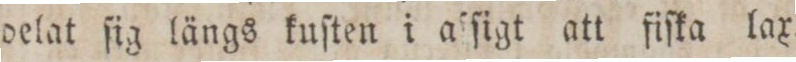
belat ſig längs kuſten i aſſigt att fiſka lax.